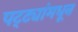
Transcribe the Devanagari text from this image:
पट्ट्यांमधून